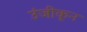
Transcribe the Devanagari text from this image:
उंजीकून